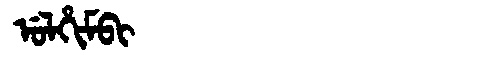
Manchu: ᡠᠯᡥᡳᠮᠪᡳ
Romanization: ULHIMBI